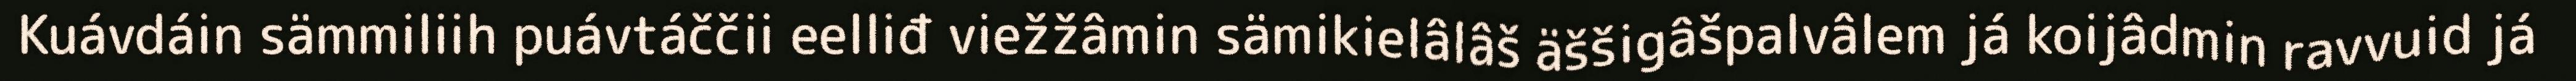
Kuávdáin sämmiliih puávtáččii eelliđ viežžâmin sämikielâlâš äššigâšpalvâlem já koijâdmin ravvuid já